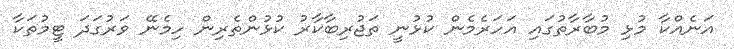
އަނެއްކާ މުޅި މުބާރާތުގައި އަހަރެމެން ކުޅުނީ ތަޖުރިބާކާރު ކުޅުންތެރިން ހިމެނޭ ވަރުގަދަ ޓީމުތަކާ